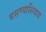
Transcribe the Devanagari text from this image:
बसण्याशिवाय